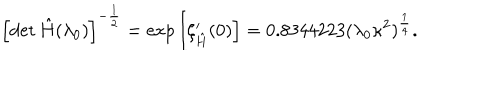
LaTeX: \left[ \det \hat { H } ( \lambda _ { 0 } ) \right] ^ { - \frac { 1 } { 2 } } = \mathrm { e x p } \left[ \zeta _ { \hat { H } } ^ { \prime } ( 0 ) \right] = 0 . 8 3 4 4 2 2 3 ( \lambda _ { 0 } \kappa ^ { 2 } ) ^ { \frac { 1 } { 4 } } .